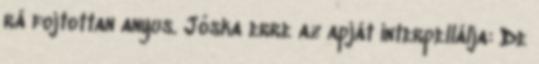
rá fojtottan anyus. Jóska erre az apját interpellálja: De